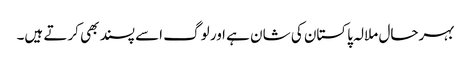
بہرحال ملالہ پاکستان کی شان ہے ا ور لوگ اسے پسند بھی کرتے ہیں۔